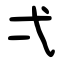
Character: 弌